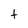
Character: t